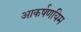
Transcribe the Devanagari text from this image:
आकर्षणयिम